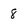
Character: 8